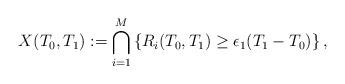
LaTeX: \begin{align*}X(T_0,T_1) := \bigcap_{i=1}^{M} \left\{R_i(T_0,T_1) \geq \epsilon_1(T_1-T_0)\right\},\end{align*}